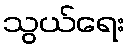
သွယ်ရေး